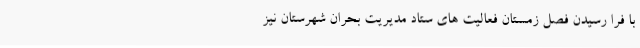
با فرا رسیدن فصل زمستان فعالیت های ستاد مدیریت بحران شهرستان نیز